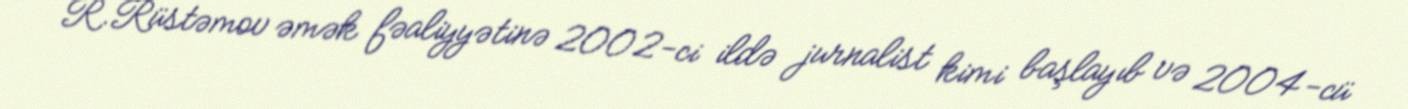
R.Rüstəmov əmək fəaliyyətinə 2002-ci ildə jurnalist kimi başlayıb və 2004-cü